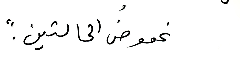
غموضُ الحالتين".